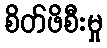
စိတ်ဖိစီးမှု